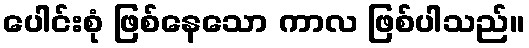
ပေါင်းစုံ ဖြစ်နေသော ကာလ ဖြစ်ပါသည်။